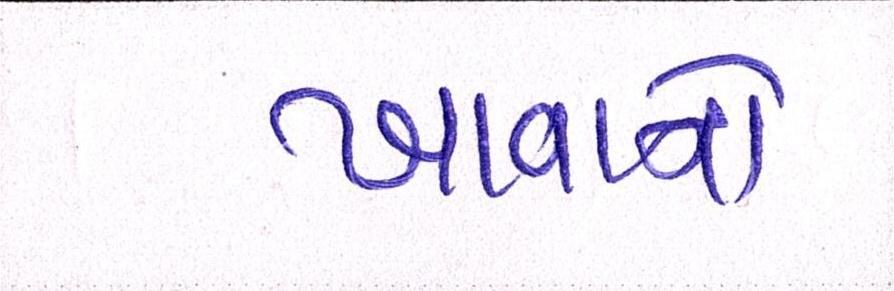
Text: ખાવાનો